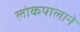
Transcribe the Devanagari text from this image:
लोकपालाने